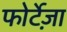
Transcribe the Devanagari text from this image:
फोर्टेज़ा